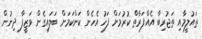
ތައުލީމާއި ތަޖުރިބާ އެއްފަރާތް ކުރުމަށް ފަހު އެހެން ކަންކަމަށް ބަލައިގެން ވަޒީފާ ދިނުން